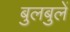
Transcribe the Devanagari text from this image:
बुलबुलें